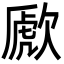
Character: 歋